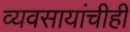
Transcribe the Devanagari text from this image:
व्यवसायांचीही